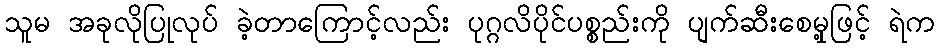
သူမ အခုလိုပြုလုပ် ခဲ့တာကြောင့်လည်း ပုဂ္ဂလိပိုင်ပစ္စည်းကို ပျက်ဆီးစေမှု့ဖြင့် ရဲက